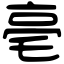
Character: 亳